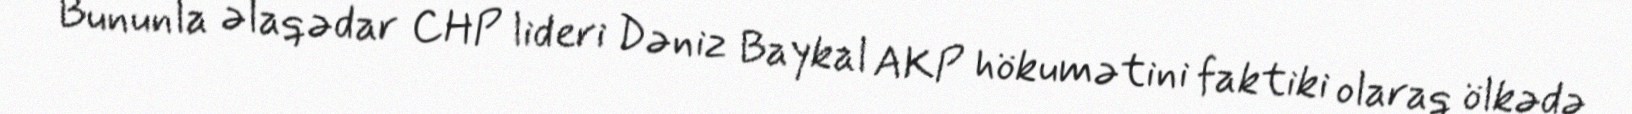
Bununla əlaqədar CHP lideri Dəniz Baykal AKP hökumətini faktiki olaraq ölkədə